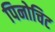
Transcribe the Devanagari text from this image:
पिनोचिट